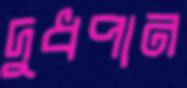
দুধপান